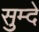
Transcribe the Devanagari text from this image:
सुम्दे